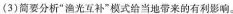
(3)简要分析”渔光互补”模式给当地带来的有利影响。